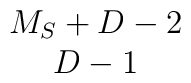
\begin{array}{c} M_S+D-2 \\ D-1 \end{array}